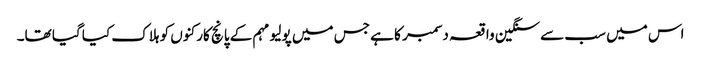
اس میں سب سے سنگین واقعہ دسمبر کا ہے جس میں پولیو مہم کے پانچ کارکنوں کو ہلاک کیا گیا تھا۔